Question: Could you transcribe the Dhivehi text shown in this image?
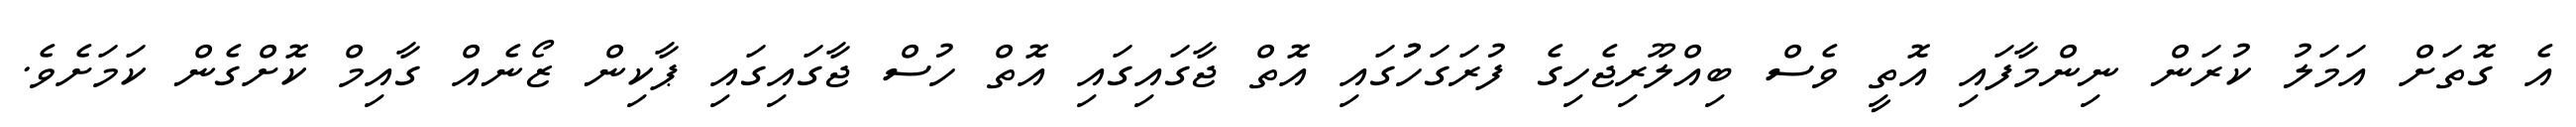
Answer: އެ ގޮތަށް އަމަލު ކުރަން ނިންމާފައި އޮތީ ވެސް ބިއްލޫރިޖެހިގެ ފުރަގަހުުގައި އޮތް ޖާގައިގައި އޮތް ހުސް ޖާގައިގައި ޕާކިން ޒޯނެއް ގާއިމް ކޮށްގެން ކަމަށެވެ.